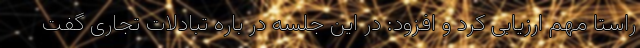
راستا مهم ارزیابی کرد و افزود: در این جلسه در باره تبادلات تجاری گفت